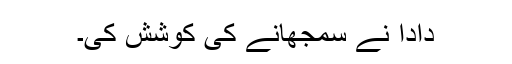
دادا نے سمجھانے کی کوشش کی۔